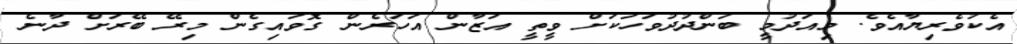
އެކުވެރިޔާއެވެ. މިއަދުމީ ބަންދުދުވަހަކަށް ވީތީ އަޒާން އަހަރެން ގޮވައިގެން މިރޭ ބޭރަށް ދާނެ